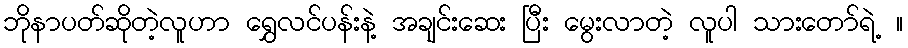
ဘိုနာပတ်ဆိုတဲ့လူဟာ ရွှေလင်ပန်းနဲ့ အချင်းဆေး ပြီး မွေးလာတဲ့ လူပါ သားတော်ရဲ့ ။